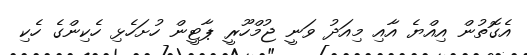
އެގޮތުން އިއްޔެ އާއި މިއަދު ވަނީ ޖުމްހޫރީ ޕާޓީން ހުށަހެޅި ހެކިންގެ ހެކި